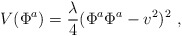
\begin{align*}V(\Phi^{a})=\frac{\lambda}{4}(\Phi^{a}\Phi^{a}-v^2)^2\ ,\end{align*}